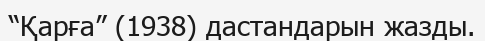
“Қарға” (1938) дастандарын жазды.